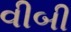
વીબી